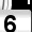
Digit: 6